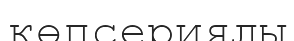
көпсериялы